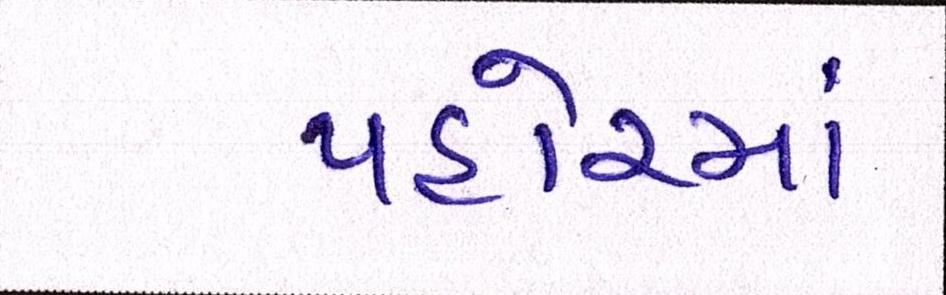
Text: પહોંચ્યાં